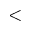
<